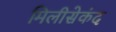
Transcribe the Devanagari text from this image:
मिलीसेकंद